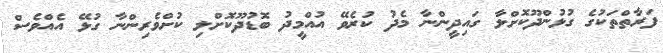
ފަރާތްތަކުގެ ގުޅުންދޫކޮށްލާ ގައިދީންނާ މެދު ކުރެވޭ އުއްމީދު ބޮޑުދޫކޮށްލި ކުށްވެރިންނާ ގުޅޭ އެއްވެސް